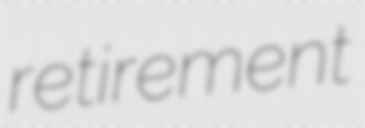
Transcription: retirement